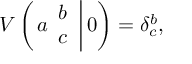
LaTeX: V \left( \left. a \begin{array} { c } { { b } } \\ { { c } } \end{array} \right| 0 \right) = \delta _ { c } ^ { b } ,